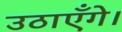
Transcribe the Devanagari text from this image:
उठाएँगे।